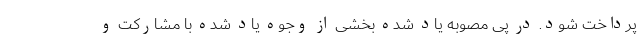
پرداخت شود. در پی مصوبه یاد شده بخشی از وجوه یاد شده با مشارکت و